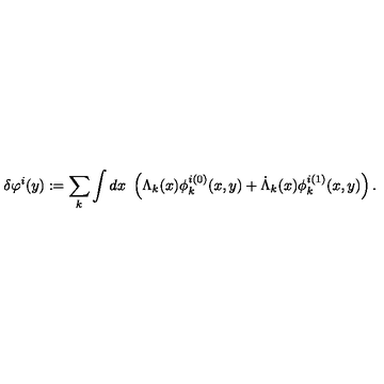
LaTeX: \delta \varphi ^ { i } ( y ) : = \sum _ { k } \int d x \ \left( \Lambda _ { k } ( x ) \phi _ { k } ^ { i ( 0 ) } ( x , y ) + \dot { \Lambda } _ { k } ( x ) \phi _ { k } ^ { i ( 1 ) } ( x , y ) \right) .